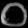
Digit: ၀